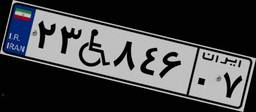
۲۳W۸۴۶۰۷